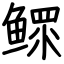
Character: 鳏